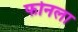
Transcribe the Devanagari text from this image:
फोनला